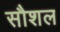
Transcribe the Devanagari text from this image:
सौशल